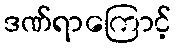
ဒဏ်ရာကြောင့်